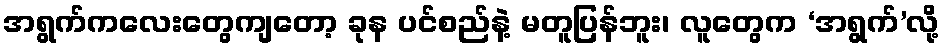
အရွက်ကလေးတွေကျတော့ ခုန ပင်စည်နဲ့ မတူပြန်ဘူး၊ လူတွေက ‘အရွက်’လို့